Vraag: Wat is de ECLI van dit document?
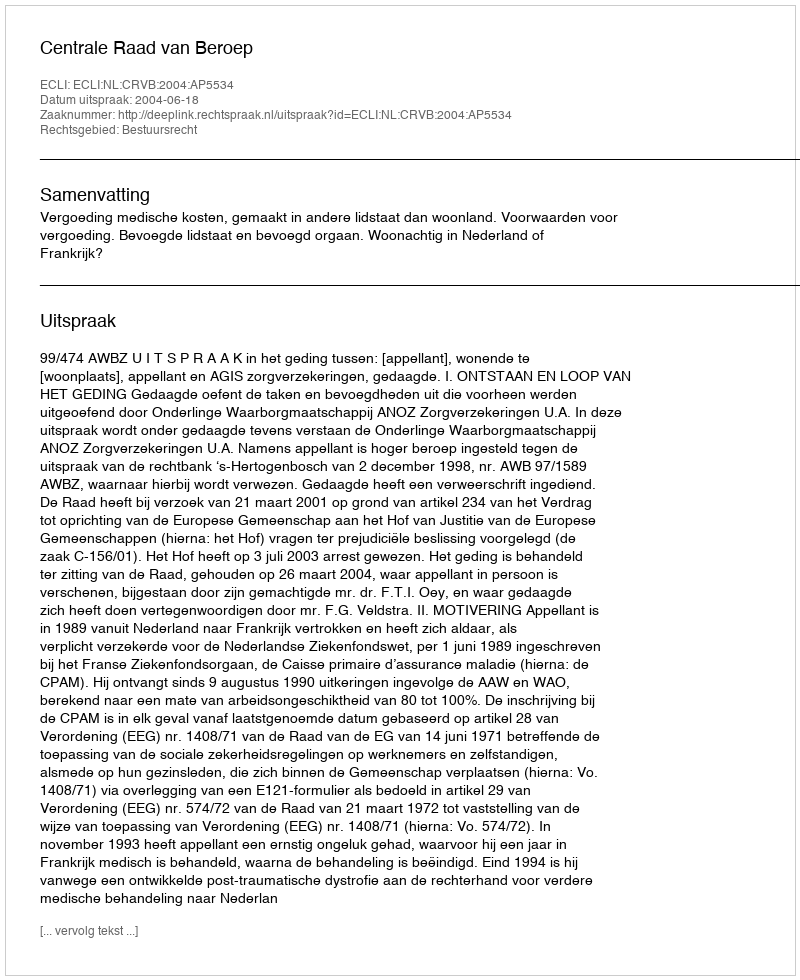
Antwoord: ECLI:NL:CRVB:2004:AP5534